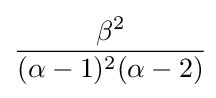
{\frac {\beta ^{2}}{(\alpha -1)^{2}(\alpha -2)}}\!